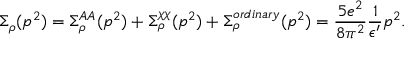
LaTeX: \Sigma _ { \rho } ( p ^ { 2 } ) = \Sigma _ { \rho } ^ { A A } ( p ^ { 2 } ) + \Sigma _ { \rho } ^ { \chi \chi } ( p ^ { 2 } ) + \Sigma _ { \rho } ^ { o r d i n a r y } ( p ^ { 2 } ) = { \frac { 5 e ^ { 2 } } { 8 \pi ^ { 2 } } } { \frac { 1 } { \epsilon ^ { \prime } } } p ^ { 2 } .